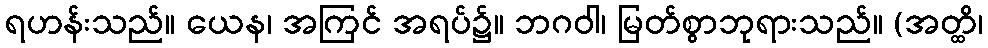
ရဟန်းသည်။ ယေန၊ အကြင် အရပ်၌။ ဘဂဝါ၊ မြတ်စွာဘုရားသည်။ (အတ္ထိ၊